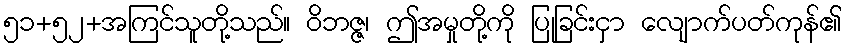
၅၁+၅၂+အကြင်သူတို့သည်။ ဝိဘဇ္ဇ၊ ဤအမှုတို့ကို ပြုခြင်းငှာ လျောက်ပတ်ကုန်၏